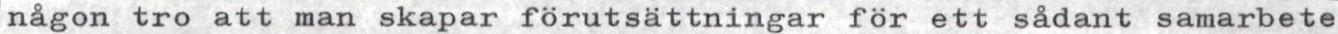
någon tro att man skapar förutsättningar för ett sådant samarbete